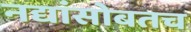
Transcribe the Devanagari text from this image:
नद्यांसोबतच